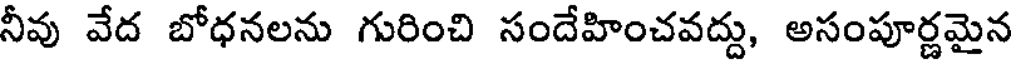
నీవు వేద బోధనలను గురించి సందేహించవద్దు, అసంపూర్ణమైన